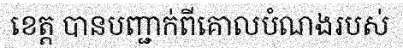
ខេត្ត បានបញ្ជាក់ពីគោលបំណងរបស់